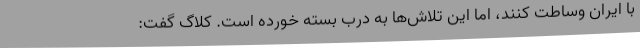
با ایران وساطت کنند، اما این تلاش‌ها به درب بسته خورده است. کلاگ گفت: